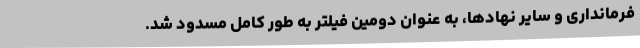
فرمانداری و سایر نهادها، به عنوان دومین فیلتر به طور کامل مسدود شد.